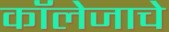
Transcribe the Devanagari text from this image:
कॉलेजाचे